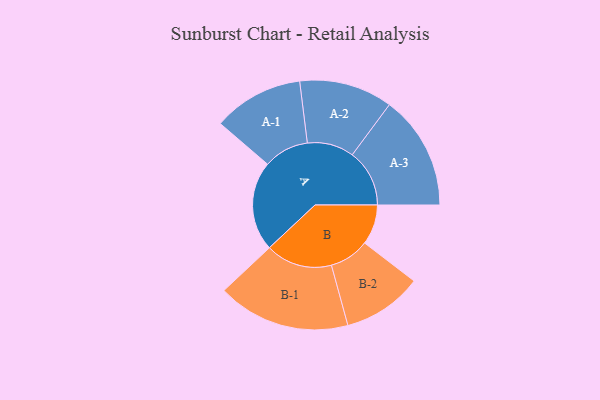
{"axis": {"x": "Segment", "y": "Value"}, "legend": ["", "A", "B"], "data": [{"x": "A", "y": 367, "type": ""}, {"x": "B", "y": 164, "type": ""}, {"x": "A-1", "y": 185, "type": "A"}, {"x": "A-2", "y": 191, "type": "A"}, {"x": "A-3", "y": 234, "type": "A"}, {"x": "B-1", "y": 272, "type": "B"}, {"x": "B-2", "y": 163, "type": "B"}]}